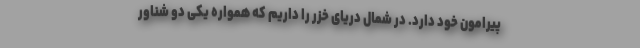
پیرامون خود دارد. در شمال دریای خزر را داریم که همواره یکی دو شناور